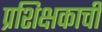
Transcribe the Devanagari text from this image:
प्रशिक्षकाची